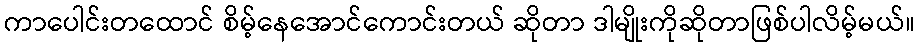
ကာပေါင်းတထောင် စိမ့်နေအောင်ကောင်းတယ် ဆိုတာ ဒါမျိုးကိုဆိုတာဖြစ်ပါလိမ့်မယ်။